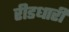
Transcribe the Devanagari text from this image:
रीडधारी